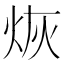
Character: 烣